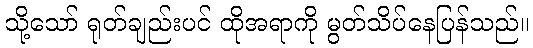
သို့သော် ရုတ်ချည်းပင် ထိုအရာကို မွတ်သိပ်နေပြန်သည်။